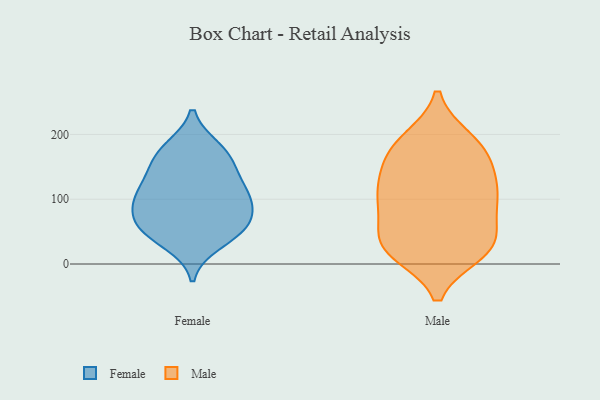
{"axis": {"x": "Churn Rate (%)", "y": "Value"}, "legend": ["Female", "Male"], "data": [{"x": "", "y": 59, "type": "Female"}, {"x": "", "y": 58, "type": "Female"}, {"x": "", "y": 33, "type": "Female"}, {"x": "", "y": 62, "type": "Female"}, {"x": "", "y": 50, "type": "Female"}, {"x": "", "y": 135, "type": "Female"}, {"x": "", "y": 170, "type": "Female"}, {"x": "", "y": 100, "type": "Female"}, {"x": "", "y": 100, "type": "Female"}, {"x": "", "y": 94, "type": "Female"}, {"x": "", "y": 178, "type": "Female"}, {"x": "", "y": 132, "type": "Female"}, {"x": "", "y": 103, "type": "Female"}, {"x": "", "y": 167, "type": "Female"}, {"x": "", "y": 193, "type": "Male"}, {"x": "", "y": 36, "type": "Male"}, {"x": "", "y": 89, "type": "Male"}, {"x": "", "y": 140, "type": "Male"}, {"x": "", "y": 18, "type": "Male"}, {"x": "", "y": 94, "type": "Male"}, {"x": "", "y": 157, "type": "Male"}, {"x": "", "y": 23, "type": "Male"}, {"x": "", "y": 38, "type": "Male"}, {"x": "", "y": 100, "type": "Male"}, {"x": "", "y": 24, "type": "Male"}, {"x": "", "y": 168, "type": "Male"}, {"x": "", "y": 180, "type": "Male"}, {"x": "", "y": 104, "type": "Male"}, {"x": "", "y": 55, "type": "Male"}, {"x": "", "y": 17, "type": "Male"}, {"x": "", "y": 193, "type": "Male"}, {"x": "", "y": 134, "type": "Male"}, {"x": "", "y": 109, "type": "Male"}]}